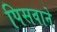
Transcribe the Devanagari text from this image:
पिसवाने